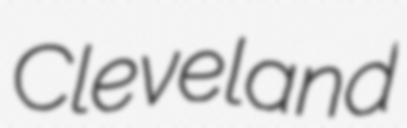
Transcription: Cleveland